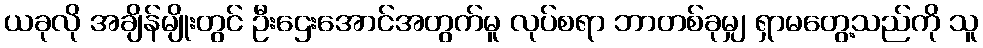
ယခုလို အချိန်မျိုးတွင် ဦးဌေးအောင်အတွက်မူ လုပ်စရာ ဘာတစ်ခုမျှ ရှာမတွေ့သည်ကို သူ